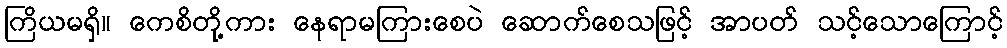
ကြိယမရှိ။ ကေစိတို့ကား နေရာမကြားစေပဲ ဆောက်စေသဖြင့် အာပတ် သင့်သောကြောင့်